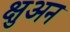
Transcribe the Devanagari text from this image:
क्षुअन